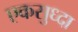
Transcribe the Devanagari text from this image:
एकसुध्दा